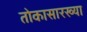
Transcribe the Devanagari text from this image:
तोकासारख्या